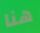
هنا